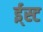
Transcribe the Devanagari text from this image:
ई्स्ट